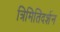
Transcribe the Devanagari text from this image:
त्रिमितिदर्शन